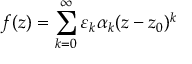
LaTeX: f ( z ) = \sum _ { k = 0 } ^ { \infty } \varepsilon _ { k } \alpha _ { k } ( z - z _ { 0 } ) ^ { k }